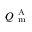
Q _ { \mathrm { ~ m ~ } } ^ { \mathrm { ~ A ~ } }